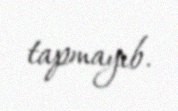
tapmayıb.